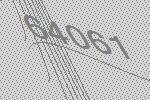
64061